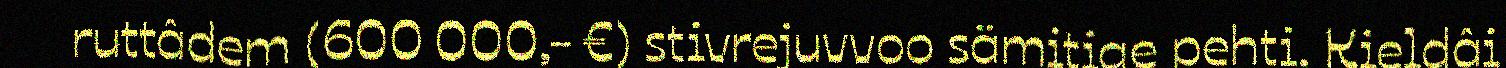
ruttâdem (600 000,- €) stivrejuvvoo sämitige pehti. Kieldâi